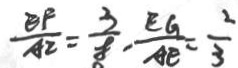
\frac { E F } { A E } = \frac { 3 } { 8 } - \frac { E G } { A E } = \frac { 2 } { 3 }